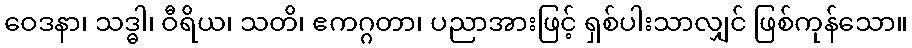
ဝေဒနာ၊ သဒ္ဓါ၊ ဝီရိယ၊ သတိ၊ ဧကဂ္ဂတာ၊ ပညာအားဖြင့် ရှစ်ပါးသာလျှင် ဖြစ်ကုန်သော။